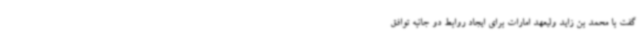
گفت با محمد بن زاید ولیعهد امارات برای ایجاد روابط دو جانبه توافق